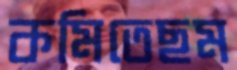
কমিতেছম